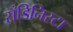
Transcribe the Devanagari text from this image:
सँडिनिस्टा